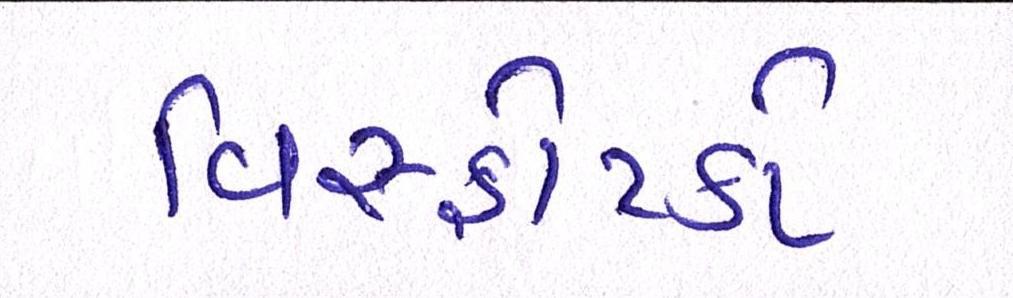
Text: વિસ્ફોટકો